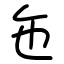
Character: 㐌